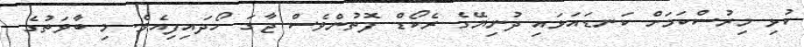
ކުޅި މިރުސްކަމަށް ކަނޑައަޅައި ދުނިޔޭގެ ރެކޯޑް ފޮތުންވެސް ޖާގަ ހޯދައިފިއެވެ. މި ބާވަތުގެ